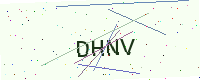
Text: DHNV